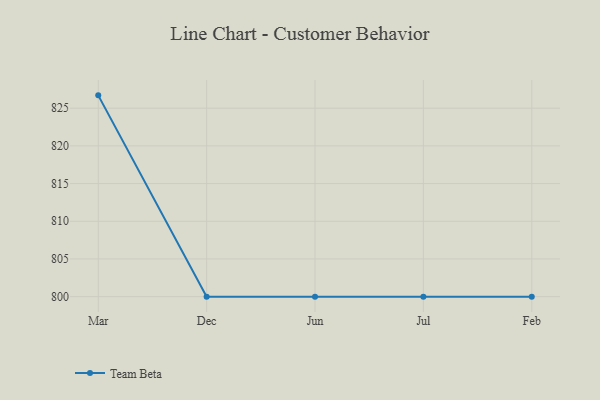
{"axis": {"x": "Month", "y": "Latency (ms)"}, "legend": ["Team Beta"], "data": [{"x": "Mar", "y": 826.7, "type": "Team Beta"}, {"x": "Dec", "y": 800, "type": "Team Beta"}, {"x": "Jun", "y": 800, "type": "Team Beta"}, {"x": "Jul", "y": 800, "type": "Team Beta"}, {"x": "Feb", "y": 800, "type": "Team Beta"}]}